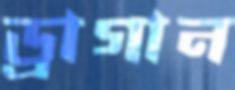
ড্রাগান